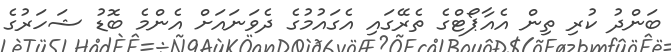
ބަންދު ކުރި ތިން އެއާޕޯޓްގެ ތެރޭގައި އެގައުމުގެ ދެވަނައަށް އެންމެ ބޮޑު ޝަހަރުގެ